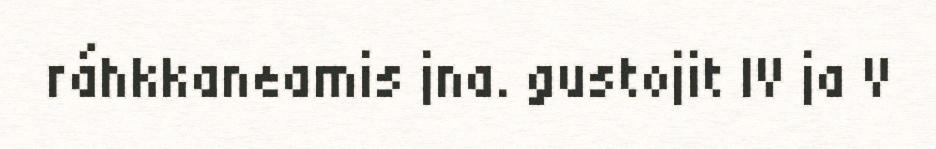
ráhkkaneamis jna. gustojit IV ja V